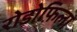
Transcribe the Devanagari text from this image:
रोडोफ़िला